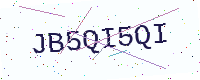
Text: JB5QI5QI